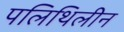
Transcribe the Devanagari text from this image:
पलिथिलीन